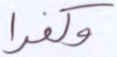
وكفرا